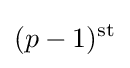
(p-1)^{\text{st}}